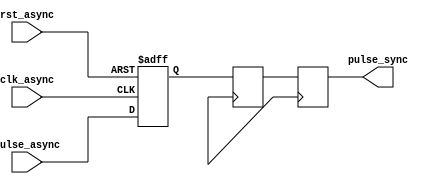
module PulseSynchronizer (
    input wire clk_async,    // asynchronous clock signal
    input wire rst_async,    // asynchronous reset signal
    input wire pulse_async,  // asynchronous pulse signal
    output reg pulse_sync    // synchronized pulse signal
);

reg pulse_FF1, pulse_FF2;

// First flip-flop to capture the incoming pulse signal
always @(posedge clk_async or posedge rst_async)
begin
    if (rst_async)
        pulse_FF1 <= 1'b0;
    else
        pulse_FF1 <= pulse_async;
end

// Second flip-flop to avoid metastability issues
always @(posedge clk_sync)
begin
    pulse_FF2 <= pulse_FF1;
end

// Synchronized pulse signal
always @(posedge clk_sync)
begin
    pulse_sync <= pulse_FF2;
end

endmodule